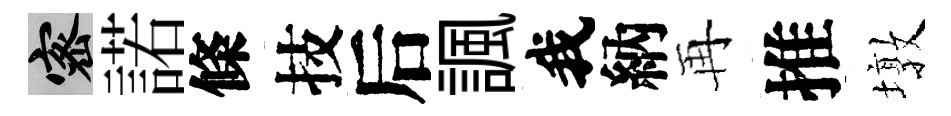
密諾條技后諷我納再推墩